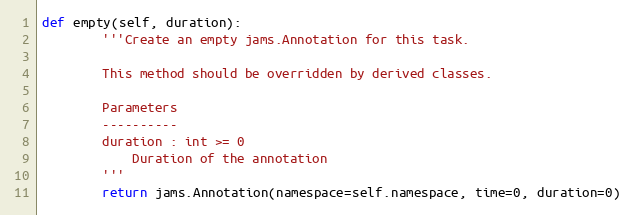
Language: Python
def empty(self, duration):
        '''Create an empty jams.Annotation for this task.

        This method should be overridden by derived classes.

        Parameters
        ----------
        duration : int >= 0
            Duration of the annotation
        '''
        return jams.Annotation(namespace=self.namespace, time=0, duration=0)